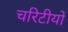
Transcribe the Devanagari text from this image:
चरिटीयों